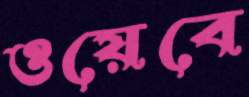
ওয়েবে